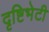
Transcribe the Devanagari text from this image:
दृष्टिभेटी